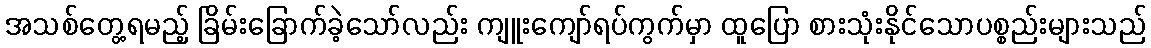
အသစ်တွေ့ရမည့် ခြိမ်းခြောက်ခဲ့သော်လည်း ကျူးကျော်ရပ်ကွက်မှာ ထူပြော စားသုံးနိုင်သောပစ္စည်းများသည်